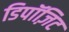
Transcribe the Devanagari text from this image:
डिपॉज़िट